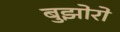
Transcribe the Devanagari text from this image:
बुझोरो